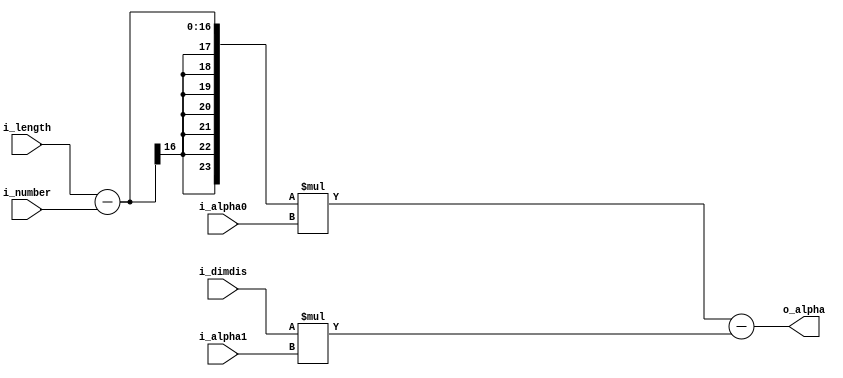
module alpha(
	i_number,
	i_dimdis,
	i_alpha0,
	i_alpha1,
	o_alpha,
	i_length
);

input[15:0] i_number;
input[7:0] i_dimdis;
input[15:0] i_alpha0;
input[15:0] i_alpha1;
input[15:0] i_length;

output[15:0] o_alpha;
reg[23:0] alpha;

//lvalue
assign o_alpha = alpha[15:0];


always@(*) begin
	alpha = (i_length - i_number) * i_alpha0 - i_dimdis * i_alpha1;
end

endmodule